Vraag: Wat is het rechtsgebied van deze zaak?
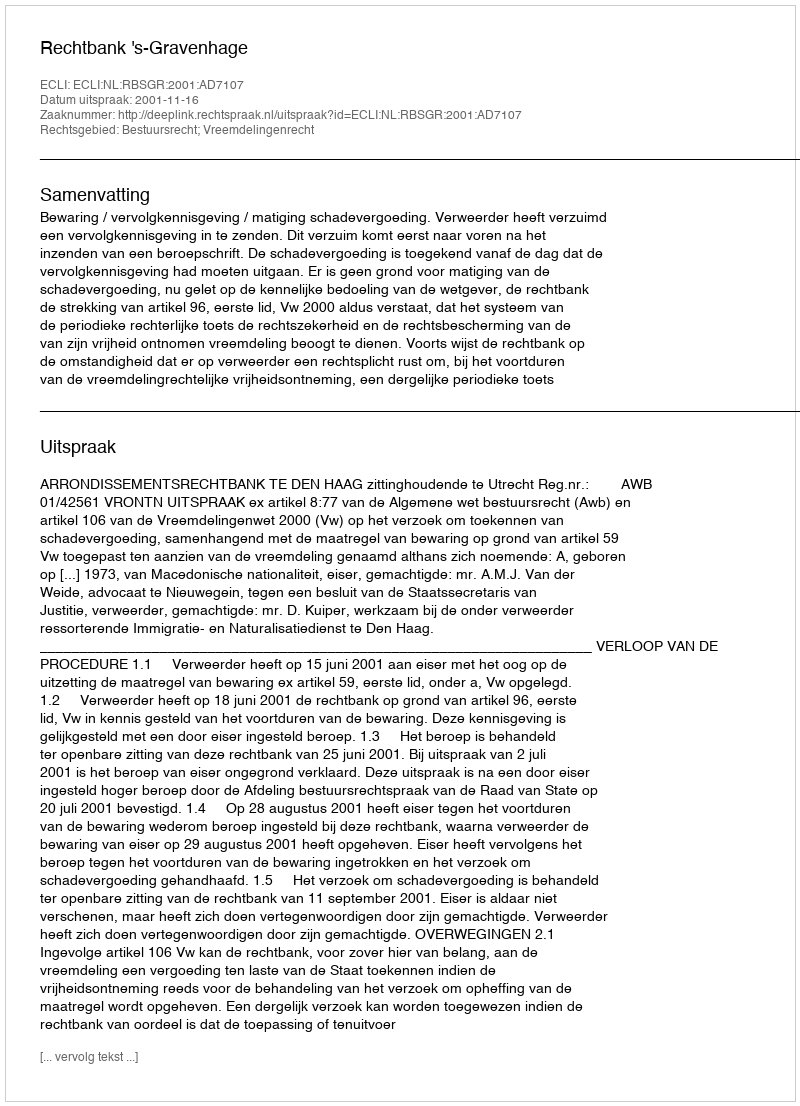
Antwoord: Bestuursrecht; Vreemdelingenrecht